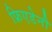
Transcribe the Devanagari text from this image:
फ्रिएडेनौ